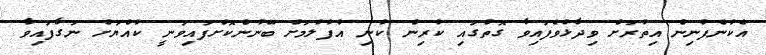
އެކުންފުނިން އިތުރަށް ވިދާޅުވެފައިވާ ގޮތުގައި ކުރިން ކުނި އުފުލުމަށް ބޭނުންކޮށްފައިވަނީ ކުއްޔަށް ނަގާފައިވާ